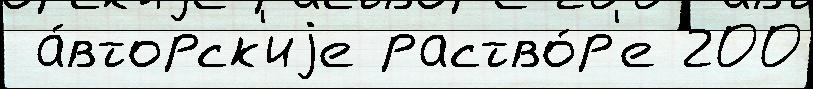
 а́вторск'иjе раство́р'е 200